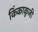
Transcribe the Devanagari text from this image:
किंकाकूजी